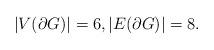
LaTeX: \begin{align*}|V(\partial G)| = 6, |E(\partial G)| = 8.\end{align*}